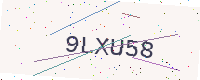
Text: 9LXU58